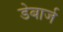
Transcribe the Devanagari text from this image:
डेबार्ज